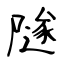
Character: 隧